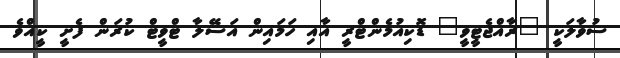
ސުވާލަކީ "ރާއްޖެޓީވީ" ޑޮކިއުމެންޓްރީ އާއި ހަމައިން އަސޭލާ ޓްވީޓް ކުރަން ފެށީ ކީއްވެ